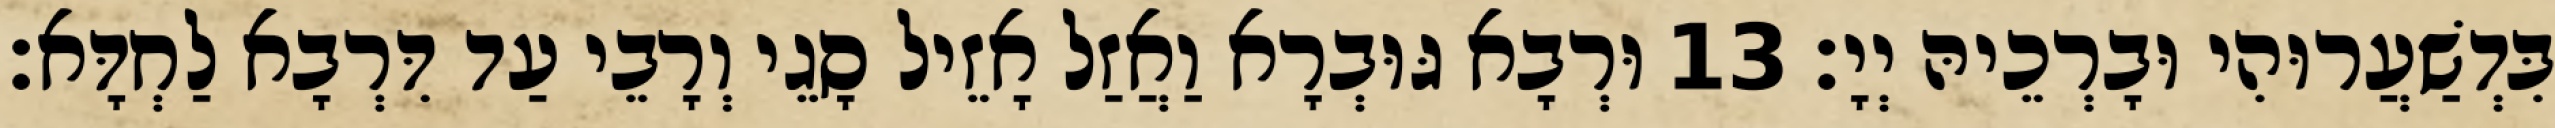
בִּדְשַׁעֲרוּהִי וּבָרְכֵיהּ יְיָ׃ 13 וּרְבָא גּוּבְרָא וַאֲזַל אָזֵיל סָגֵי וְרָבֵי עַד דִּרְבָא לַחְדָּא׃